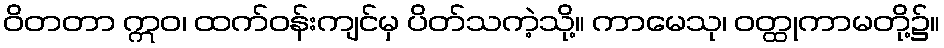
ဝိတတာ ဣဝ၊ ထက်ဝန်းကျင်မှ ပိတ်သကဲ့သို့။ ကာမေသု၊ ဝတ္ထုကာမတို့၌။